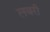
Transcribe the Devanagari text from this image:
लबरी